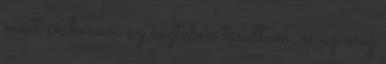
mert én barom az asztalon tároltam, és az meg